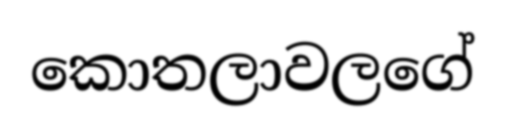
කොතලාවලගේ